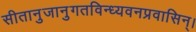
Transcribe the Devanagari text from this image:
सीतानुजानुगतविन्ध्यवनप्रवासिन्।